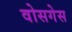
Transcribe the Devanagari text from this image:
वोसगेस